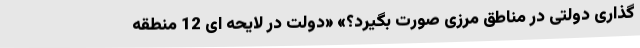
گذاری دولتی در مناطق مرزی صورت بگیرد؟» «دولت در لایحه ای 12 منطقه